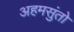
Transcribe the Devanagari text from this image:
अहमसुंतो